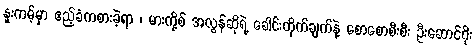
နူးကမ့်မှာ ဧည့်ခံကစားခဲ့ရာ ၊ မားကို့စ် အလွန်ဆိုရဲ့ ခေါင်းတိုက်ချက်နဲ့ စောစောစီးစီး ဦးဆောင်ဂိုး